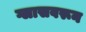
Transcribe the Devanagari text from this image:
ग्लासवरून